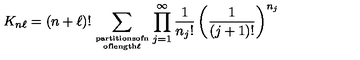
K _ { n \ell } = ( n + \ell ) ! \sum _ { { \mathrm { \scriptsize p a r t i t i o n s o f n } } \atop { \mathrm { \scriptsize o f l e n g t h \ell } } } \prod _ { j = 1 } ^ { \infty } \frac { 1 } { { n _ { j } } ! } \left( \frac { 1 } { ( j + 1 ) ! } \right) ^ { n _ { j } }